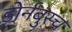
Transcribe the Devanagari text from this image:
डोर्नबुस्च